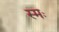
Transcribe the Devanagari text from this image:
स्मः